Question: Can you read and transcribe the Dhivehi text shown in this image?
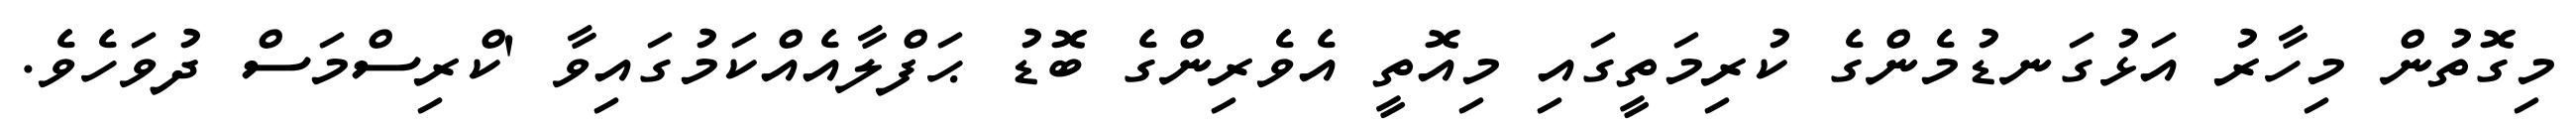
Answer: މިގޮތުން މިހާރު އަޅުގަނޑުމެންގެ ކުރިމަތީގައި މިއޮތީ އެވެރިންގެ ބޮޑު ޙަފްލާއެއްކަމުގައިވާ 'ކްރިސްމަސް ދުވަހެވެ.